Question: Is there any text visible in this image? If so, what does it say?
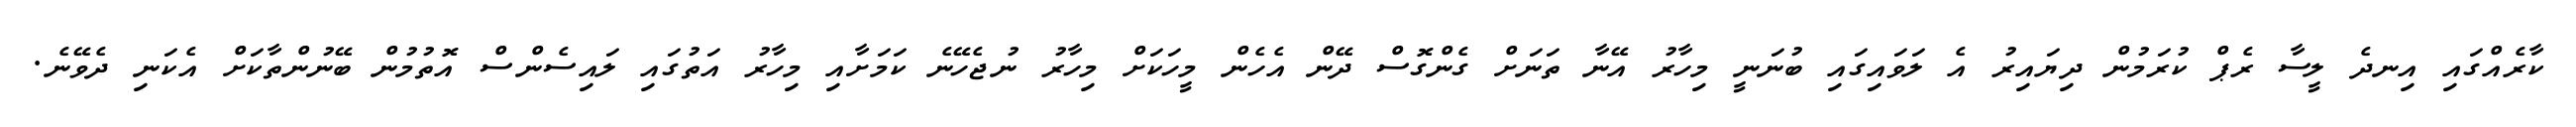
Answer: ކާރެއްގައި އިނދެ ލީސާ ރެޕް ކުރަމުން ދިޔައިރު އެ ލަވައިގައި ބުނަނީ މިހާރު އޭނާ ތަނަށް ގެންގޮސް ދޭން އެހެން މީހަކަށް މިހާރު ނުޖެހޭނެ ކަމަށާއި މިހާރު އަތުގައި ލައިސެންސް އޮތުމުން ބޭނުންތާކަށް އެކަނި ދެވޭނެ.